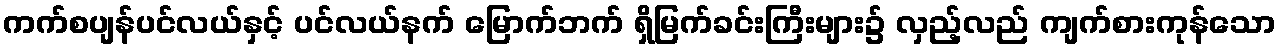
ကက်စပျန်ပင်လယ်နှင့် ပင်လယ်နက် မြောက်ဘက် ရှိမြက်ခင်းကြီးများ၌ လှည့်လည် ကျက်စားကုန်သော